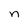
Character: n